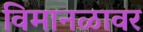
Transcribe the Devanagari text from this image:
विमानळावर